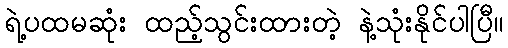
ရဲ့ပထမဆုံး ထည့်သွင်းထားတဲ့ နဲ့သုံးနိုင်ပါပြီ။